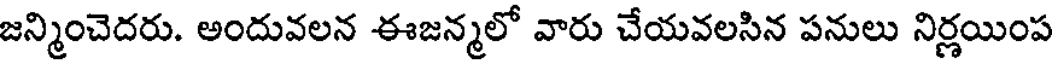
జన్మించెదరు. అందువలన ఈజన్మలో వారు చేయవలసిన పనులు నిర్ణయింప